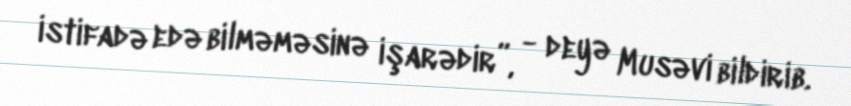
istifadə edə bilməməsinə işarədir”, - deyə Musəvi bildirib.